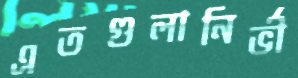
এতগুলানির্ভী